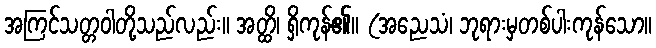
အကြင်သတ္တဝါတို့သည်လည်း။ အတ္ထိ၊ ရှိကုန်၏။ (အညေသံ၊ ဘုရားမှတစ်ပါးကုန်သော။